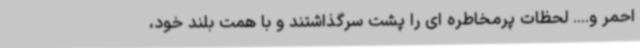
احمر و.... لحظات پرمخاطره ای را پشت سرگذاشتند و با همت بلند خود،